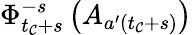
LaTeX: \Phi_{t_{\mathcal{C}}+s}^{-s}\left(A_{a^{\prime}(t_{\mathcal{C}}+s)}\right)